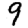
Digit: 9